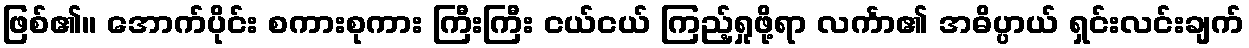
ဖြစ်၏။ အောက်ပိုင်း စကားစုကား ကြီးကြီး ငယ်ငယ် ကြည့်ရှုဖို့ရာ လင်္ကာ၏ အဓိပ္ပာယ် ရှင်းလင်းချက်